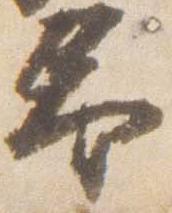
予